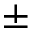
\pm